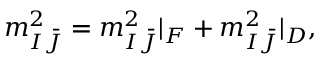
m _ { I \bar { J } } ^ { 2 } = m _ { I \bar { J } } ^ { 2 } | _ { F } + m _ { I \bar { J } } ^ { 2 } | _ { D } ,